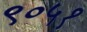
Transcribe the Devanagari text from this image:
९०५१